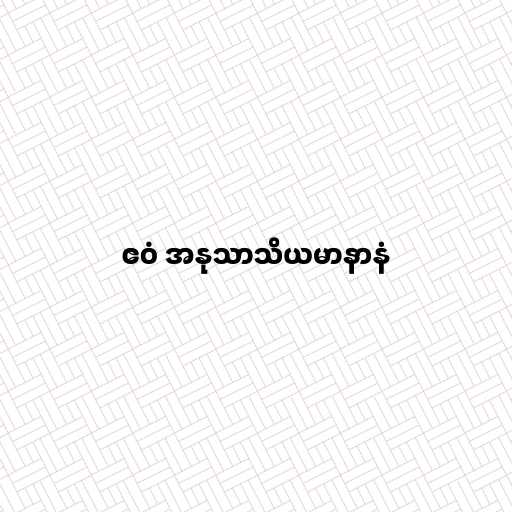
ဧဝံ အနုသာသိယမာနာနံ